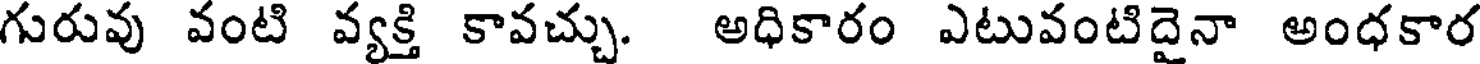
గురువు వంటి వ్యక్తి కావచ్చు. అధికారం ఎటువంటిదైనా అంధకార